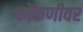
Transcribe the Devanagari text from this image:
कोंकणीवर